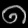
Digit: ၈